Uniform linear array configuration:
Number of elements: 8
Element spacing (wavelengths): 0.25
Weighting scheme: kaiser
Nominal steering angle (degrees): -45
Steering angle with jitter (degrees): -43.099
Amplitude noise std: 0.05
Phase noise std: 0.05

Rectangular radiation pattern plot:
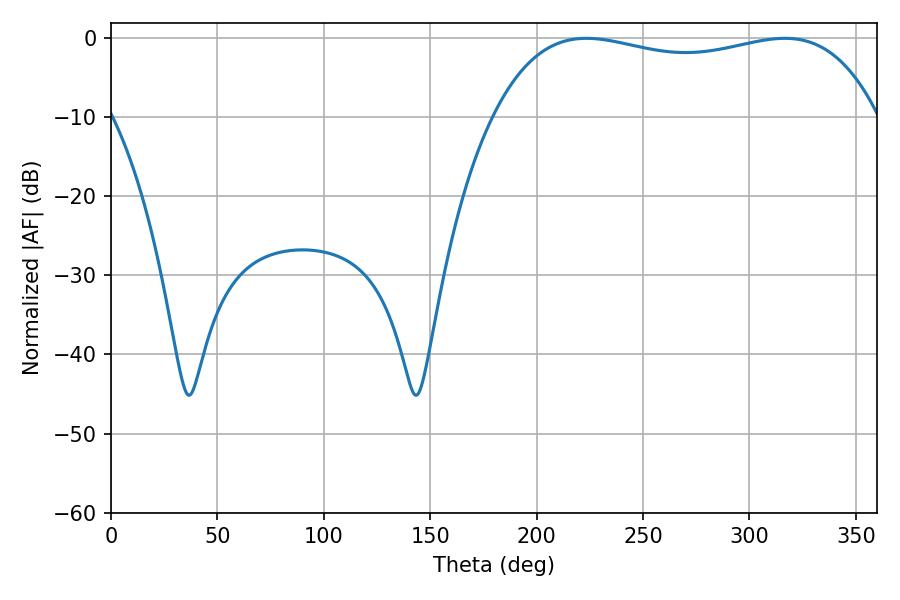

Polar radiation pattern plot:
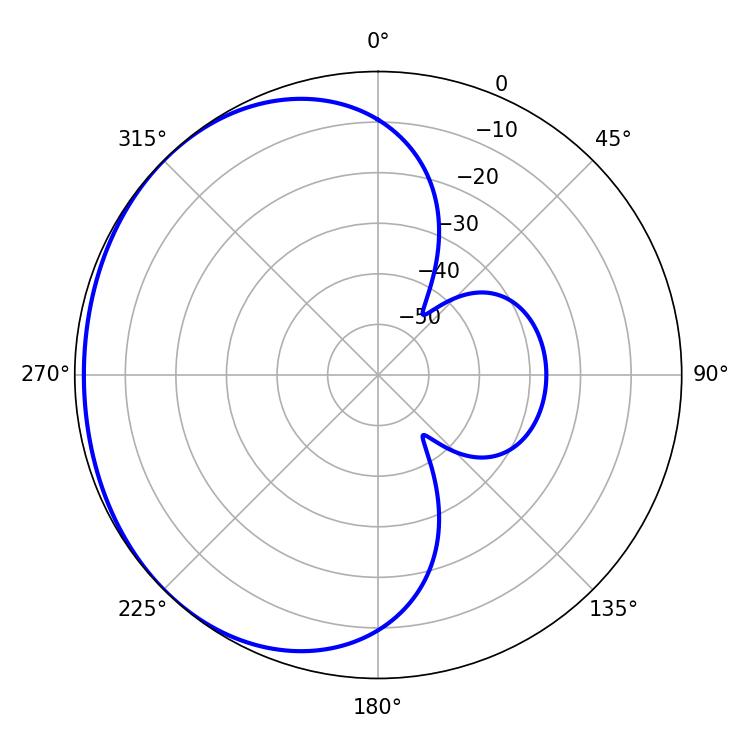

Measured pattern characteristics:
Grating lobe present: FALSE
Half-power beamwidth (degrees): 146.52
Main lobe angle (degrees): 223.38